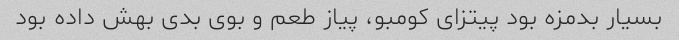
بسیار بدمزه بود پیتزای کومبو، پیاز طعم و بوی بدی بهش داده بود